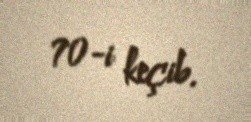
70-i keçib.